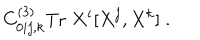
C _ { 0 i j , k } ^ { ( 3 ) } \mathrm { T r } \; X ^ { i } [ X ^ { j } , X ^ { k } ] \; .